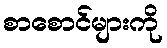
စာစောင်များကို